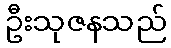
ဦးသုဇနသည်